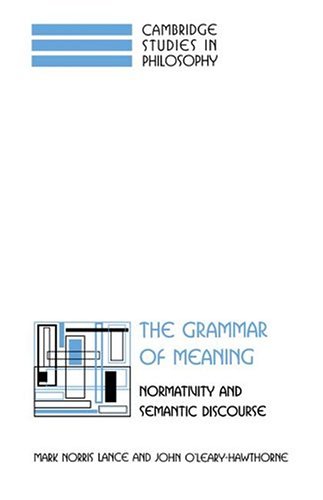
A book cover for The Grammar of Meaning: Normativity and Semantic Discourse (Cambridge Studies in Philosophy); Mark Norris Lance; Reference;